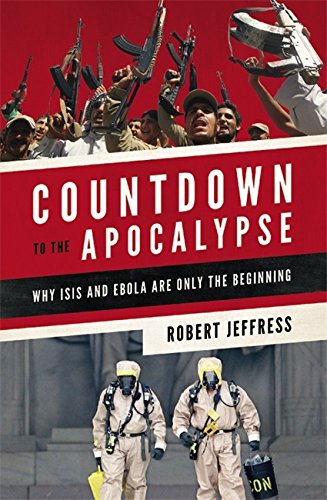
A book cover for Countdown to the Apocalypse: Why ISIS and Ebola Are Only the Beginning; Robert Jeffress; Christian Books & Bibles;